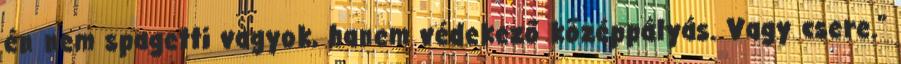
én nem spagetti vagyok, hanem védekező középpályás. Vagy csere.”